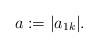
LaTeX: \begin{align*}a:= |a_{1k}|.\end{align*}